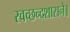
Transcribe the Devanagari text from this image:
स्वच्छन्दशासने।